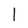
Character: 1